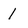
Character: 1